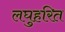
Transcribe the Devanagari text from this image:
लघुहरित